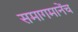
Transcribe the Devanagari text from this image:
समागमानेंच